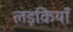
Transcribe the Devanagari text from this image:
लड़कियॉं